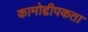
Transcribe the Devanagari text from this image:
कामोद्दीपकता